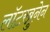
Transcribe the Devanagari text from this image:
लॉटरब्रुनेन